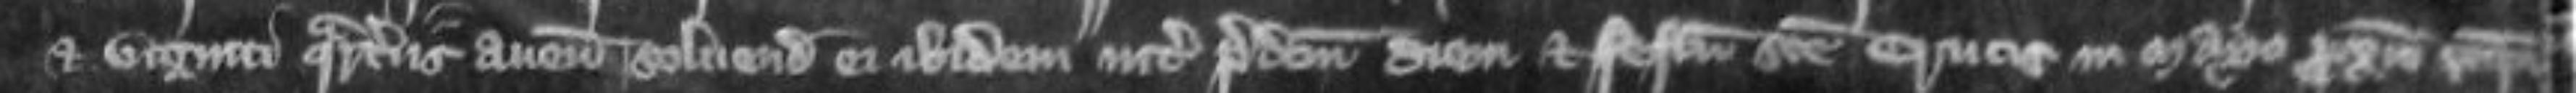
et viginti quarteriis avene solvendis ei ibidem inter predictum diem et festum Sancte Crucis in Mayo proximo sequente